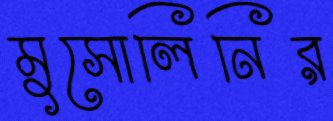
মুসোলিনির